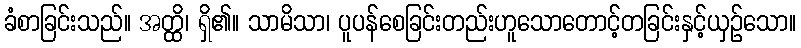
ခံစာခြင်းသည်။ အတ္ထိ၊ ရှိ၏။ သာမိသာ၊ ပူပန်စေခြင်းတည်းဟူသောတောင့်တခြင်းနှင့်ယှဉ်သော။